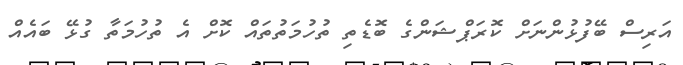
އަރިސް ބޭފުޅުންނަށް ކޮރަޕްޝަންގެ ބޮޑެތި ތުހުމަތުތައް ކޮށް އެ ތުހުމަތާ ގުޅޭ ބައެއް